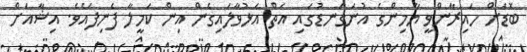
ބޮޑަށް ހައިރާންވީ ޔާމިންގެ އުނަގަނޑުގައި އަތް އަޅުވާލައިގެން އިން ކަމީލާ ފެނިފައެވެ. އިޝާއަށް